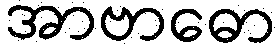
အာဗာဓော